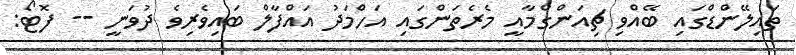
ތައިލޭންޑްގައި ބޭއްވި ޗިއަންގްމާއީ މެރެތަންގައި އަހްމަދު އައްފާލް ބައިވެރިވެ ދުވަނީ -- ފޮޓޯ: